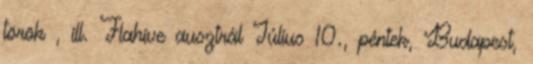
török , ill. Flahive ausztrál Július 10., péntek, Budapest,